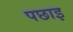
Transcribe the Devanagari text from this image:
पछाइ